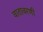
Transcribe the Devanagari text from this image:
वातावरणी